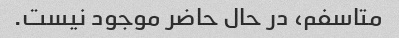
متاسفم، در حال حاضر موجود نیست.